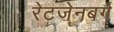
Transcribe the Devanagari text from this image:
रेटजेनबर्ग